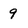
Character: 9